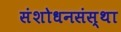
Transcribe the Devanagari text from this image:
संशोधनसंस्था